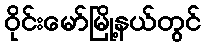
ဝိုင်းမော်မြို့နယ်တွင်